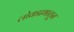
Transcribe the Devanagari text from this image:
लोकप्रभातून